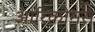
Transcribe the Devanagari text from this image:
आरिकोमस